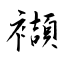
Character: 襭